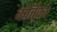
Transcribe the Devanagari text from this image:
कर्तिका